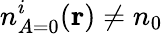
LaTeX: {n_{A=0}^{i}(\mathbf{r})}\neq n_{0}